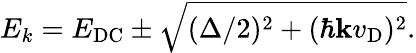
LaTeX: E_{k}=E_{\mathrm{DC}}\pm\sqrt{(\Delta/2)^{2}+(\hbar\mathbf{k}v_{\mathrm{D}})^{2}}.